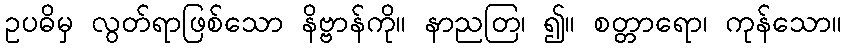
ဥပဓိမှ လွတ်ရာဖြစ်သော နိဗ္ဗာန်ကို။ နာညတြ၊ ၍။ စတ္တာရော၊ ကုန်သော။